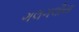
ગલગલીયા